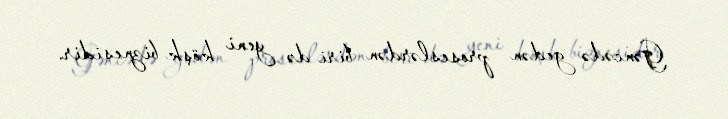
Gəncədə gedən proseslərdən biri də yeni köşk biznesidir.